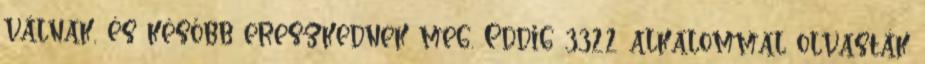
válnak, és később ereszkednek meg. Eddig 3322 alkalommal olvasták